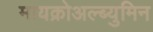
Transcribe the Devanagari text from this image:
मायक्रोअल्ब्युमिन